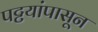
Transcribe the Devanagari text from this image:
पट्टयांपासून